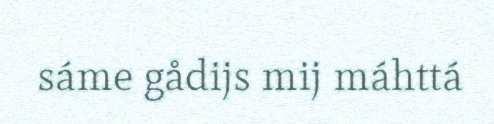
sáme gådijs mij máhttá